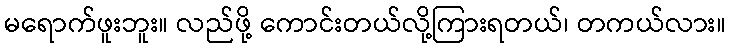
မရောက်ဖူးဘူး။ လည်ဖို့ ကောင်းတယ်လို့ကြားရတယ်၊ တကယ်လား။